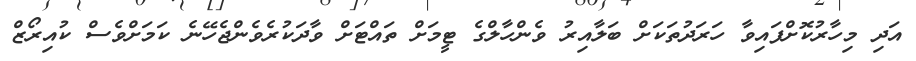
އަދި މިހާރުކޮށްފައިވާ ހަރަދުތަކަށް ބަލާއިރު ވެންހާލްގެ ޓީމަށް ތައްޓަށް ވާދަކުރެވެންޖެހޭނެ ކަމަށްވެސް ކުއިރޯޒް